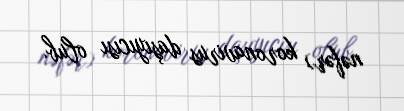
nəfər) koronavirus daşıyıcısı olub.